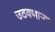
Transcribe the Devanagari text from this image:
उठवणाऱ्या